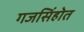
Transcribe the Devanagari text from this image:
गजसिंहोत